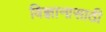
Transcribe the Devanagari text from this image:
विज्ञानासाठी